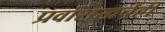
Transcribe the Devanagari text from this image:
प्रवासखर्चही